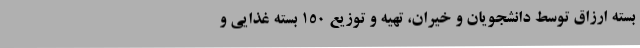
بسته ارزاق توسط دانشجویان و خیران، تهیه و توزیع 150 بسته غذایی و